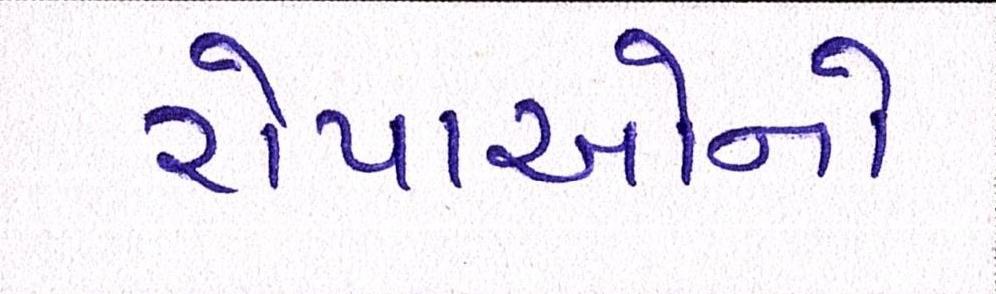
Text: રોપાઓનો